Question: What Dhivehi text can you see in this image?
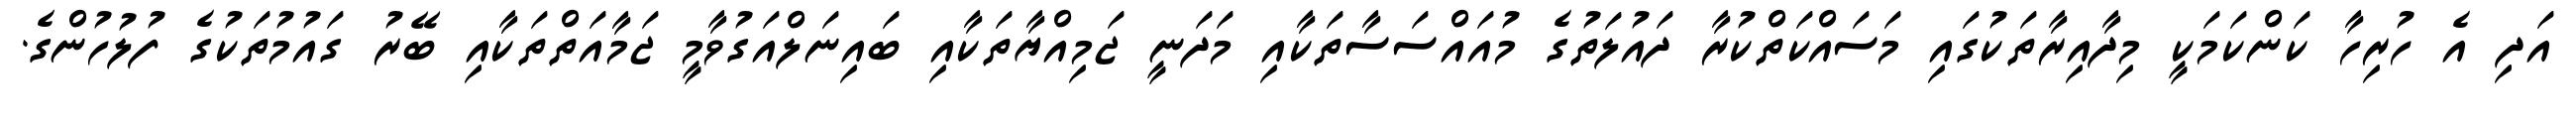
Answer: އަދި އެ ހުރިހާ ކަންކަމަކީ މިދާއިރާތަކުގައި މަސައްކަތްކުރާ ދައުލަތުގެ މުއައްސަސާތަކާއި މަދަނީ ޖަމިއްޔާތަކާއި ބައިނަލްއަގުވާމީ ޖަމާއަތްތަކާއި ބޭރު ގައުމުތަކުގެ ފުލުހުންގެ.